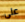
على